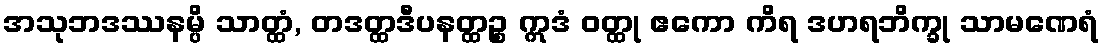
အသုဘဒဿနမ္ပိ သာတ္ထံ, တဒတ္ထဒီပနတ္ထဉ္စ ဣဒံ ဝတ္ထု ဧကော ကိရ ဒဟရဘိက္ခု သာမဏေရံ